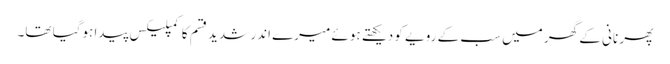
پھر نانی کے گھر میں سب کے رویے کو دیکھتے ہوئے میرے اندر شدید قسم کا کمپلیکس پیدا ہوگیا تھا۔